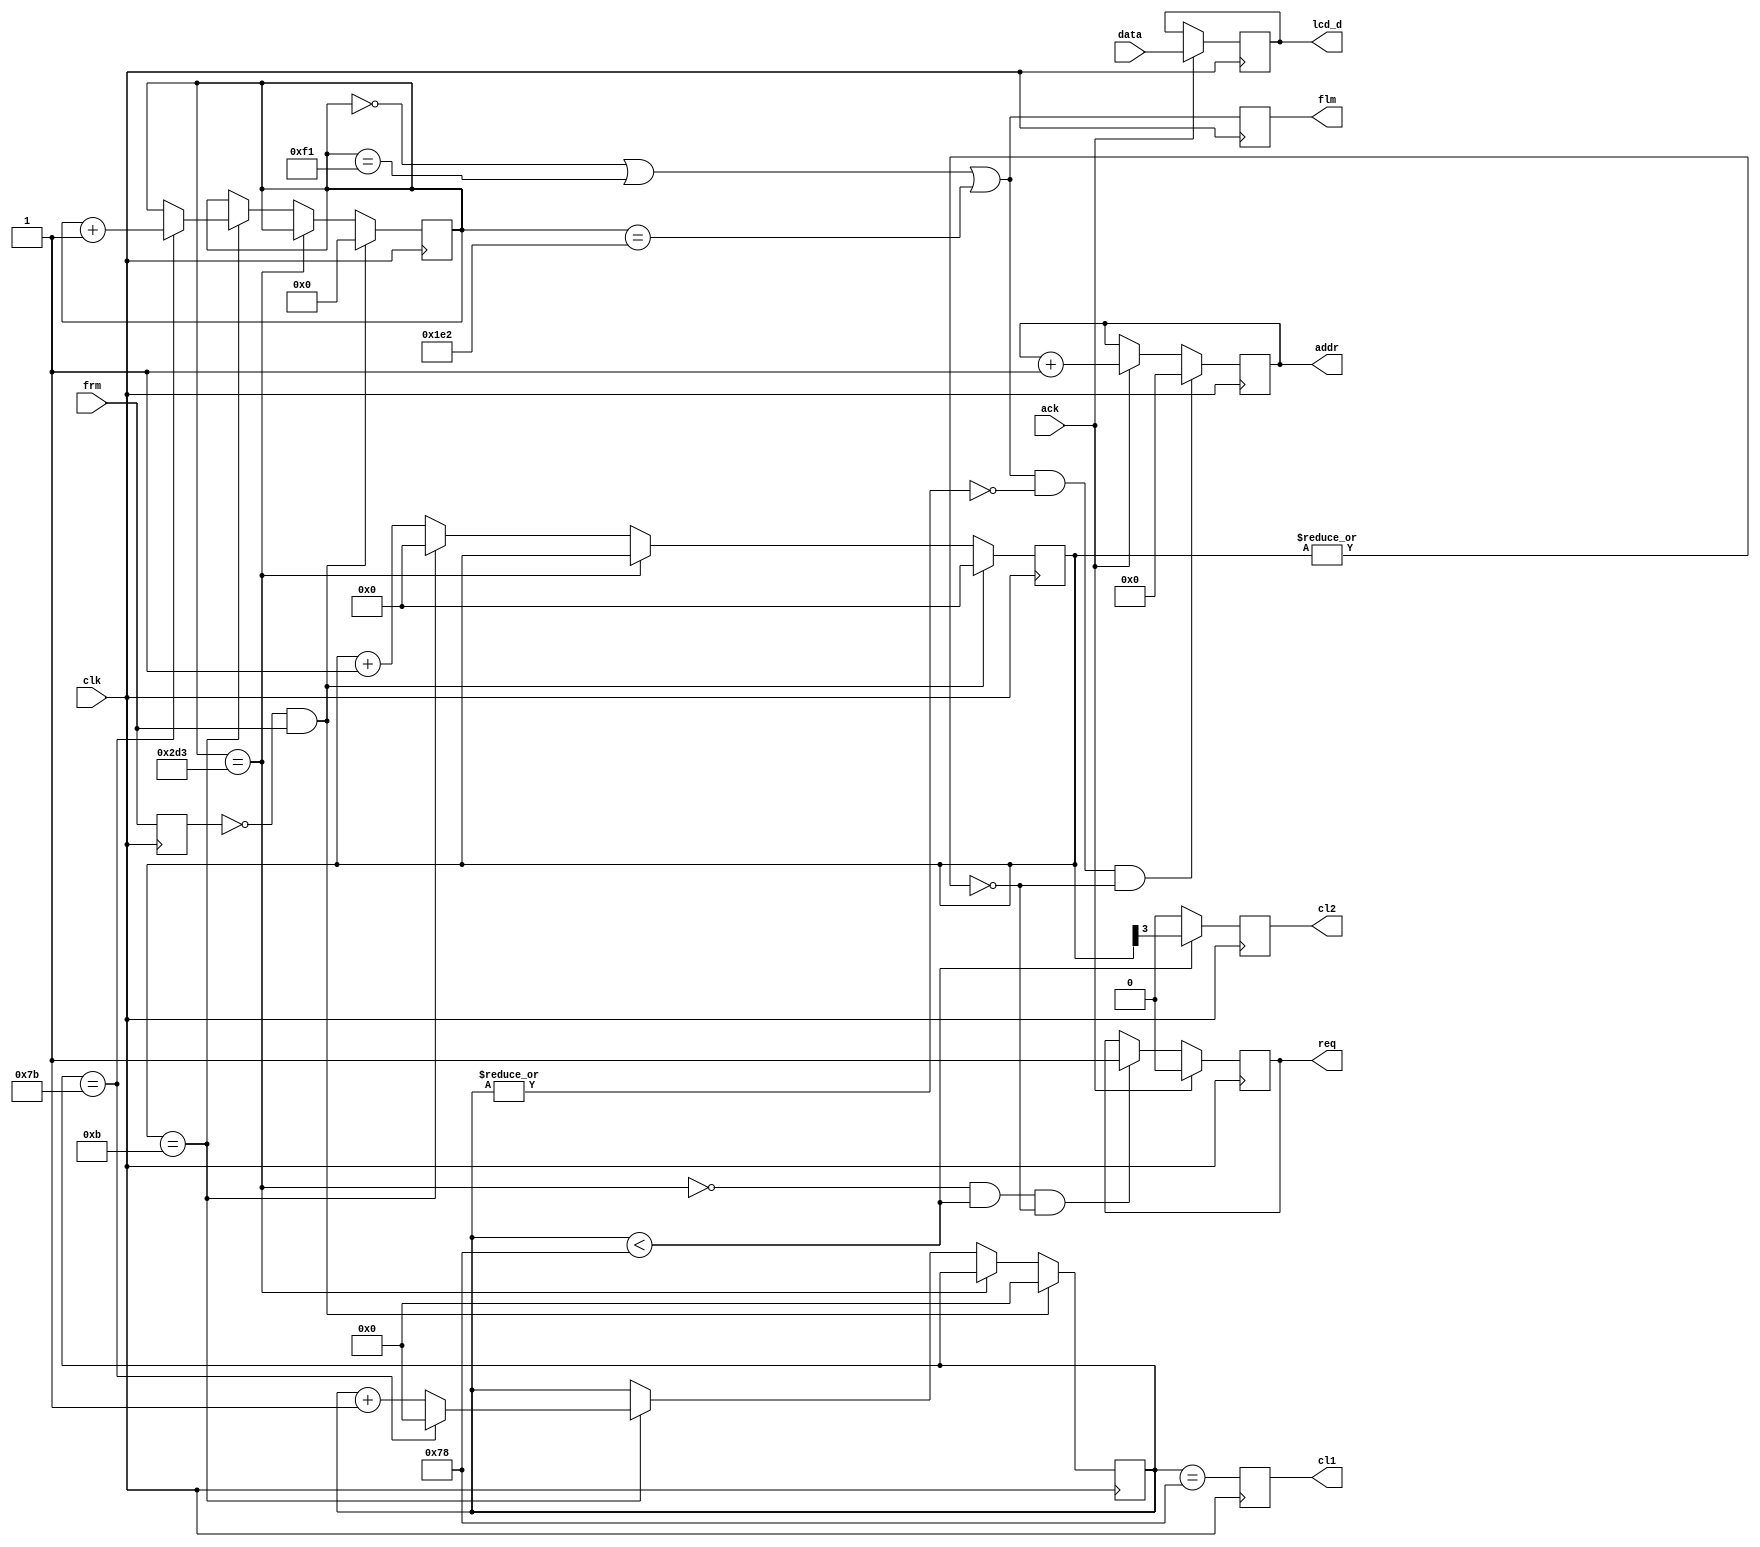
`timescale 1ns / 1ps

// lcdcontrol module
//
// Controller for Toshiba SX14Q001 QVGA STN display. The controller reads and
// writes three frames of data when a frame pulse is received, then waits.
// Each output frame has 240 (+1 blanking) lines and each output line 120
// (+4 blanking) bytes clocked at 2.25 MHz. This results in a 75.291 Hz output
// frame rate, giving an upper bound for the input frame rate of 25.097 Hz.

module lcdcontrol(
    input clk,
    output flm,
    output cl1,
    output cl2,
    output [7:0] lcd_d,
    output req,
    input ack,
    output [14:0] addr,
    input [7:0] data,
    input frm
  );

localparam BYTE_DIV = 12 - 1;         // 27 MHz / 12 = 2.25 MHz.
localparam LINE_DIV = 120 + 4 - 1;    // 2.25 MHz / 124 = 18.145.. kHz.
localparam FRAME_DIV = 240 + 1;       // 18.145.. kHz / 241 = 75.291.. Hz.

reg frm_z1 = 1'b0;
reg flm_reg = 1'b0;
reg cl1_reg = 1'b0;
reg cl2_reg = 1'b0;
reg req_reg = 1'b0;
reg [7:0] lcd_data = 8'd0;
reg [3:0] clk_ctr = 4'd0;
reg [6:0] byte_ctr = 7'd0;
reg [9:0] line_ctr = 10'd0;
reg [14:0] addr_ctr = 15'd0;

wire f_top = (line_ctr == 0 * FRAME_DIV || line_ctr == 1 * FRAME_DIV || line_ctr == 2 * FRAME_DIV);
wire f_end = (line_ctr == 3 * FRAME_DIV);
wire h_act = (byte_ctr < 7'd120);
wire h_clk = (byte_ctr == 7'd120);
wire h_end = (byte_ctr == LINE_DIV);
wire b_end = (clk_ctr == BYTE_DIV);

assign flm = flm_reg;
assign cl1 = cl1_reg;
assign cl2 = cl2_reg;
assign req = req_reg;
assign lcd_d = lcd_data;
assign addr = addr_ctr;

  always @(posedge clk)
  begin
    frm_z1 <= frm;

    // Clock, byte, and line counters.
    if (~frm_z1 && frm)
      begin
        clk_ctr <= 4'd0;
        byte_ctr <= 7'd0;
        line_ctr <= 10'd0;
      end
    else if (~f_end)
      if (b_end)
        begin
          clk_ctr <= 4'd0;
          if (h_end)
            begin
              byte_ctr <= 7'd0;
              line_ctr <= line_ctr + 1'b1;
            end
          else
            byte_ctr <= byte_ctr + 1'b1;
        end
      else
        clk_ctr <= clk_ctr + 1'b1;

    // Clock output registers.
    flm_reg <= f_top;
    cl1_reg <= h_clk;
    cl2_reg <= h_act ? clk_ctr[3] : 1'b0;

    // Address counter.
    if (f_top && ~|byte_ctr && ~|clk_ctr)
      addr_ctr <= 15'd0;
    else if (ack)
      addr_ctr <= addr_ctr + 1'b1;

    // Data register.
    if (ack)
      lcd_data <= data;

    // Request register.
    if (ack)
      req_reg <= 1'b0;
    else if (~f_end && h_act && ~|clk_ctr)
      req_reg <= 1'b1;
  end

endmodule